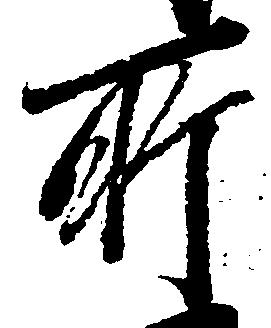
所